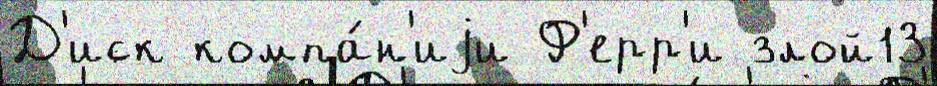
Д'иск компа́н'иjи Ф'ерр'и злой13